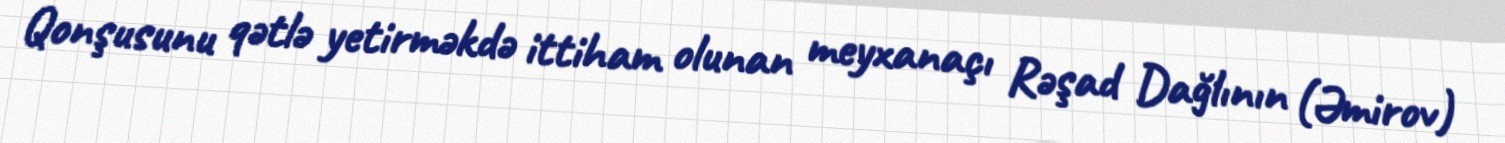
Qonşusunu qətlə yetirməkdə ittiham olunan meyxanaçı Rəşad Dağlının (Əmirov)